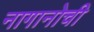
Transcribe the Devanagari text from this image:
नागानोची